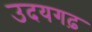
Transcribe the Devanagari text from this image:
उदयगढ़